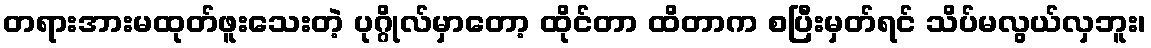
တရားအားမထုတ်ဖူးသေးတဲ့ ပုဂ္ဂိုလ်မှာတော့ ထိုင်တာ ထိတာက စပြီးမှတ်ရင် သိပ်မလွယ်လှဘူး၊